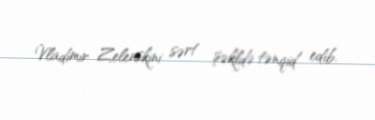
Vladimir Zelenskini sərt şəkldə tənqid edib.